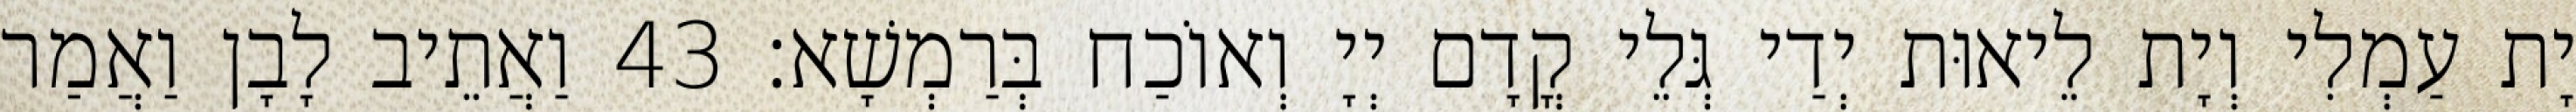
יָת עַמְלִי וְיָת לֵיאוּת יְדַי גְּלֵי קֳדָם יְיָ וְאוֹכַח בְּרַמְשָׁא׃ 43 וַאֲתֵיב לָבָן וַאֲמַר